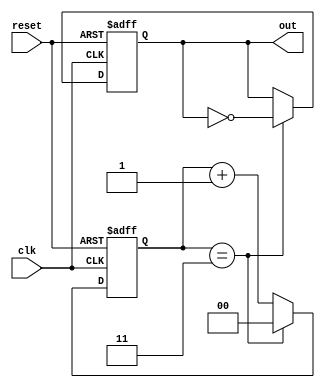
module DivideByNCounter #(
    parameter N = 4  // Default value for N
) (
    input wire clk,     // Clock input
    input wire reset,   // Asynchronous reset input
    output reg out      // Output signal that toggles every N clock cycles
);

    // Calculate the number of bits needed for the counter
    localparam COUNTER_BITS = $clog2(N);

    // Counter state variable
    reg [COUNTER_BITS-1:0] counter;

    // Always block for synchronous logic
    always @(posedge clk or posedge reset) begin
        if (reset) begin
            counter <= 0;  // Reset the counter to zero
            out <= 0;      // Reset output
        end else begin
            if (counter == N-1) begin
                counter <= 0;  // Reset counter when it reaches N
                out <= ~out;    // Toggle output
            end else begin
                counter <= counter + 1;  // Increment counter
            end
        end
    end

endmodule